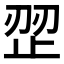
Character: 𰙩